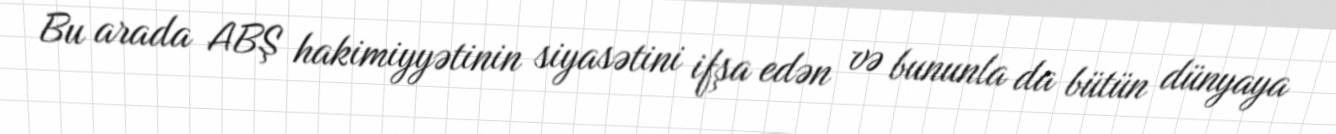
Bu arada ABŞ hakimiyyətinin siyasətini ifşa edən və bununla da bütün dünyaya